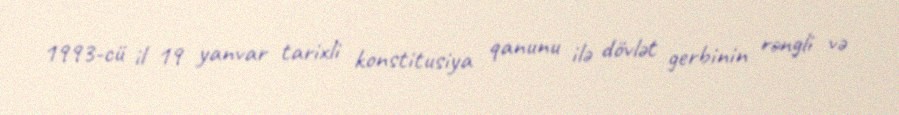
1993-cü il 19 yanvar tarixli konstitusiya qanunu ilə dövlət gerbinin rəngli və